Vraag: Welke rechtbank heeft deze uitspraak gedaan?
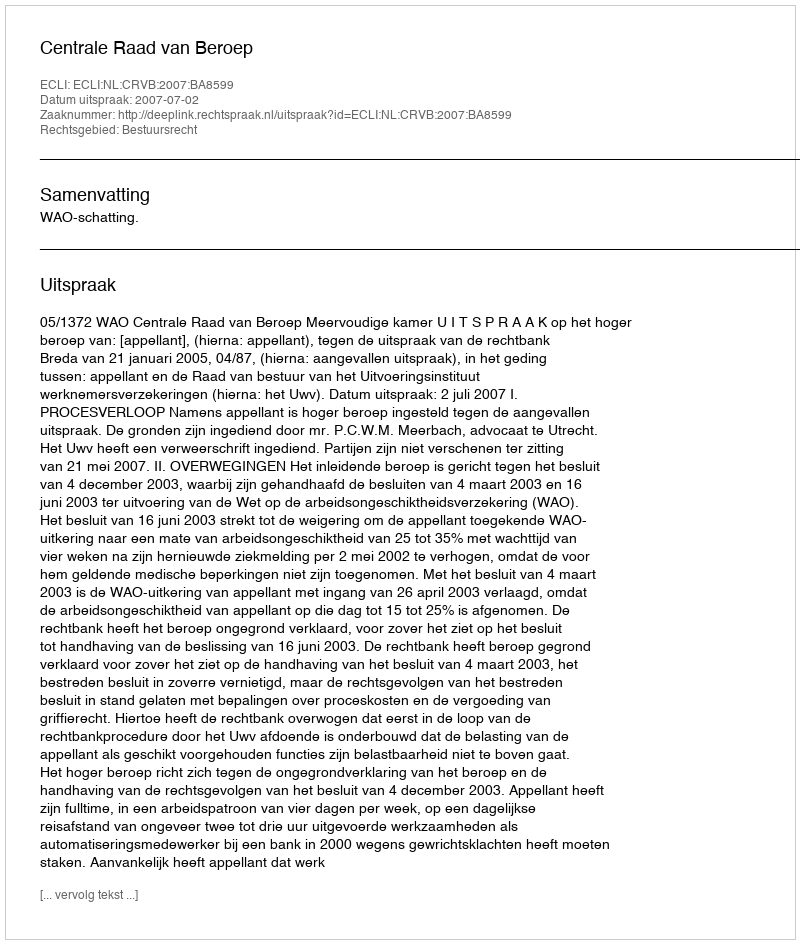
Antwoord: Centrale Raad van Beroep